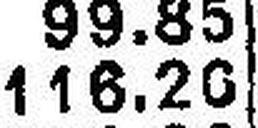
116.20